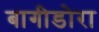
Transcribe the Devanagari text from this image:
बागीडोरा